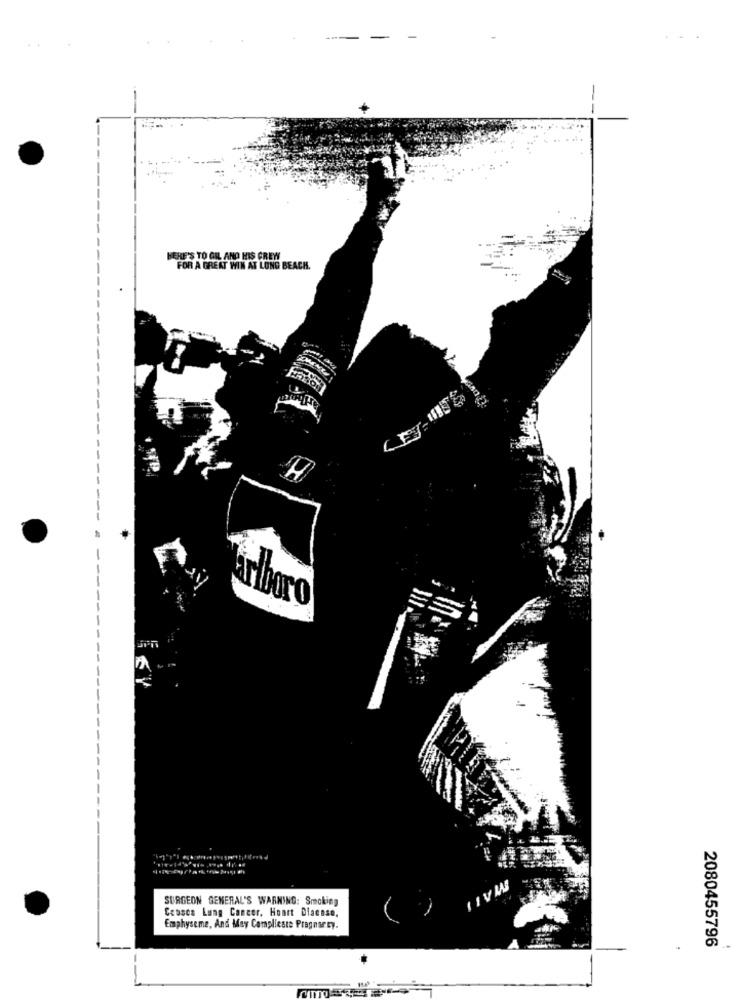
HERE'S TO GIL AND HIS GREW
FOR A GREAT WIN AT LONG BEACH.
rlboro
LIVW
SURGEON GENERAL'S WARNING: Smoking
Ceoscs Lung Cancer, Hoort Diacase,
Emphyseme, And May Complieste Pregnancy.
2080455796